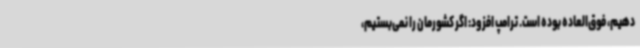
دهیم، فوق‌العاده بوده است. ترامپ افزود: اگر کشورمان را نمی‌بستیم،